Scottish Leaving Certificate Examination, 1959
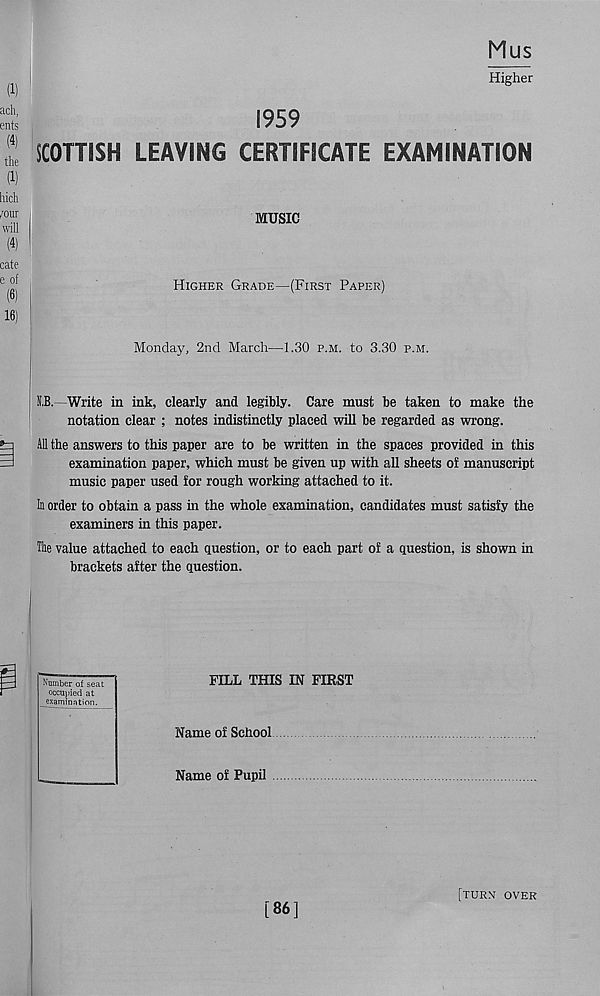
Mus
Higher
1959
SCOTTISH LEAVING CERTIFICATE EXAMINATION
MUSIC
Higher Grade—(First Paper)
Monday, 2nd March—1.30 p.m. to 3.30 p.m.
N.B.—Write in ink, clearly and legibly. Care must be taken to make the
notation clear ; notes indistinctly placed will be regarded as wrong.
AH the answers to this paper are to be written in the spaces provided in this
examination paper, which must be given up with all sheets of manuscript
music paper used for rough working attached to it.
h order to obtain a pass in the whole examination, candidates must satisfy the
examiners in this paper.
The value attached to each question, or to each part of a question, is shown in
brackets after the question.
FILL THIS IN FIRST
Name of School
Name of Pupil
Number of seat
occupied at
examination.
[86]
[turn over